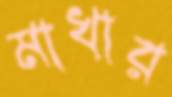
মাখার